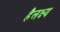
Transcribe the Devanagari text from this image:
हैलक्ष्य